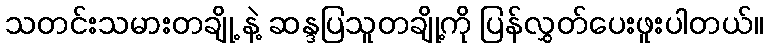
သတင်းသမားတချို့ နဲ့ ဆန္ဒပြသူတချို့ကို ပြန်လွှတ်ပေးဖူးပါတယ်။